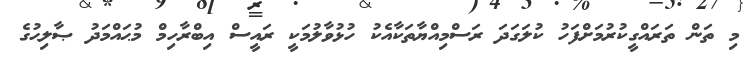
މި ތަން ތަރައްގީކުރުމަށްފަހު ކުލަގަދަ ރަސްމިއްޔާތަކާއެކު ހުޅުވާލުމަކީ ރައީސް އިބްރާހިމް މުޙައްމަދު ޞާލިޙުގެ